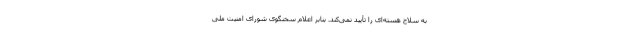
به سلاح هسته‌ای را تأیید نمی‌کند. بنابر اعلام سخنگوی شورای امنیت ملی